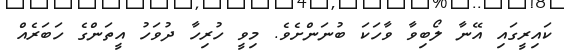
ކައިރީގައި އޭނާ ލޯބިވާ ވާހަކަ ބުނަންށެވެ. މިވީ ހުރިހާ ދުވަހު އީތަންގެ ހަބަރެއް